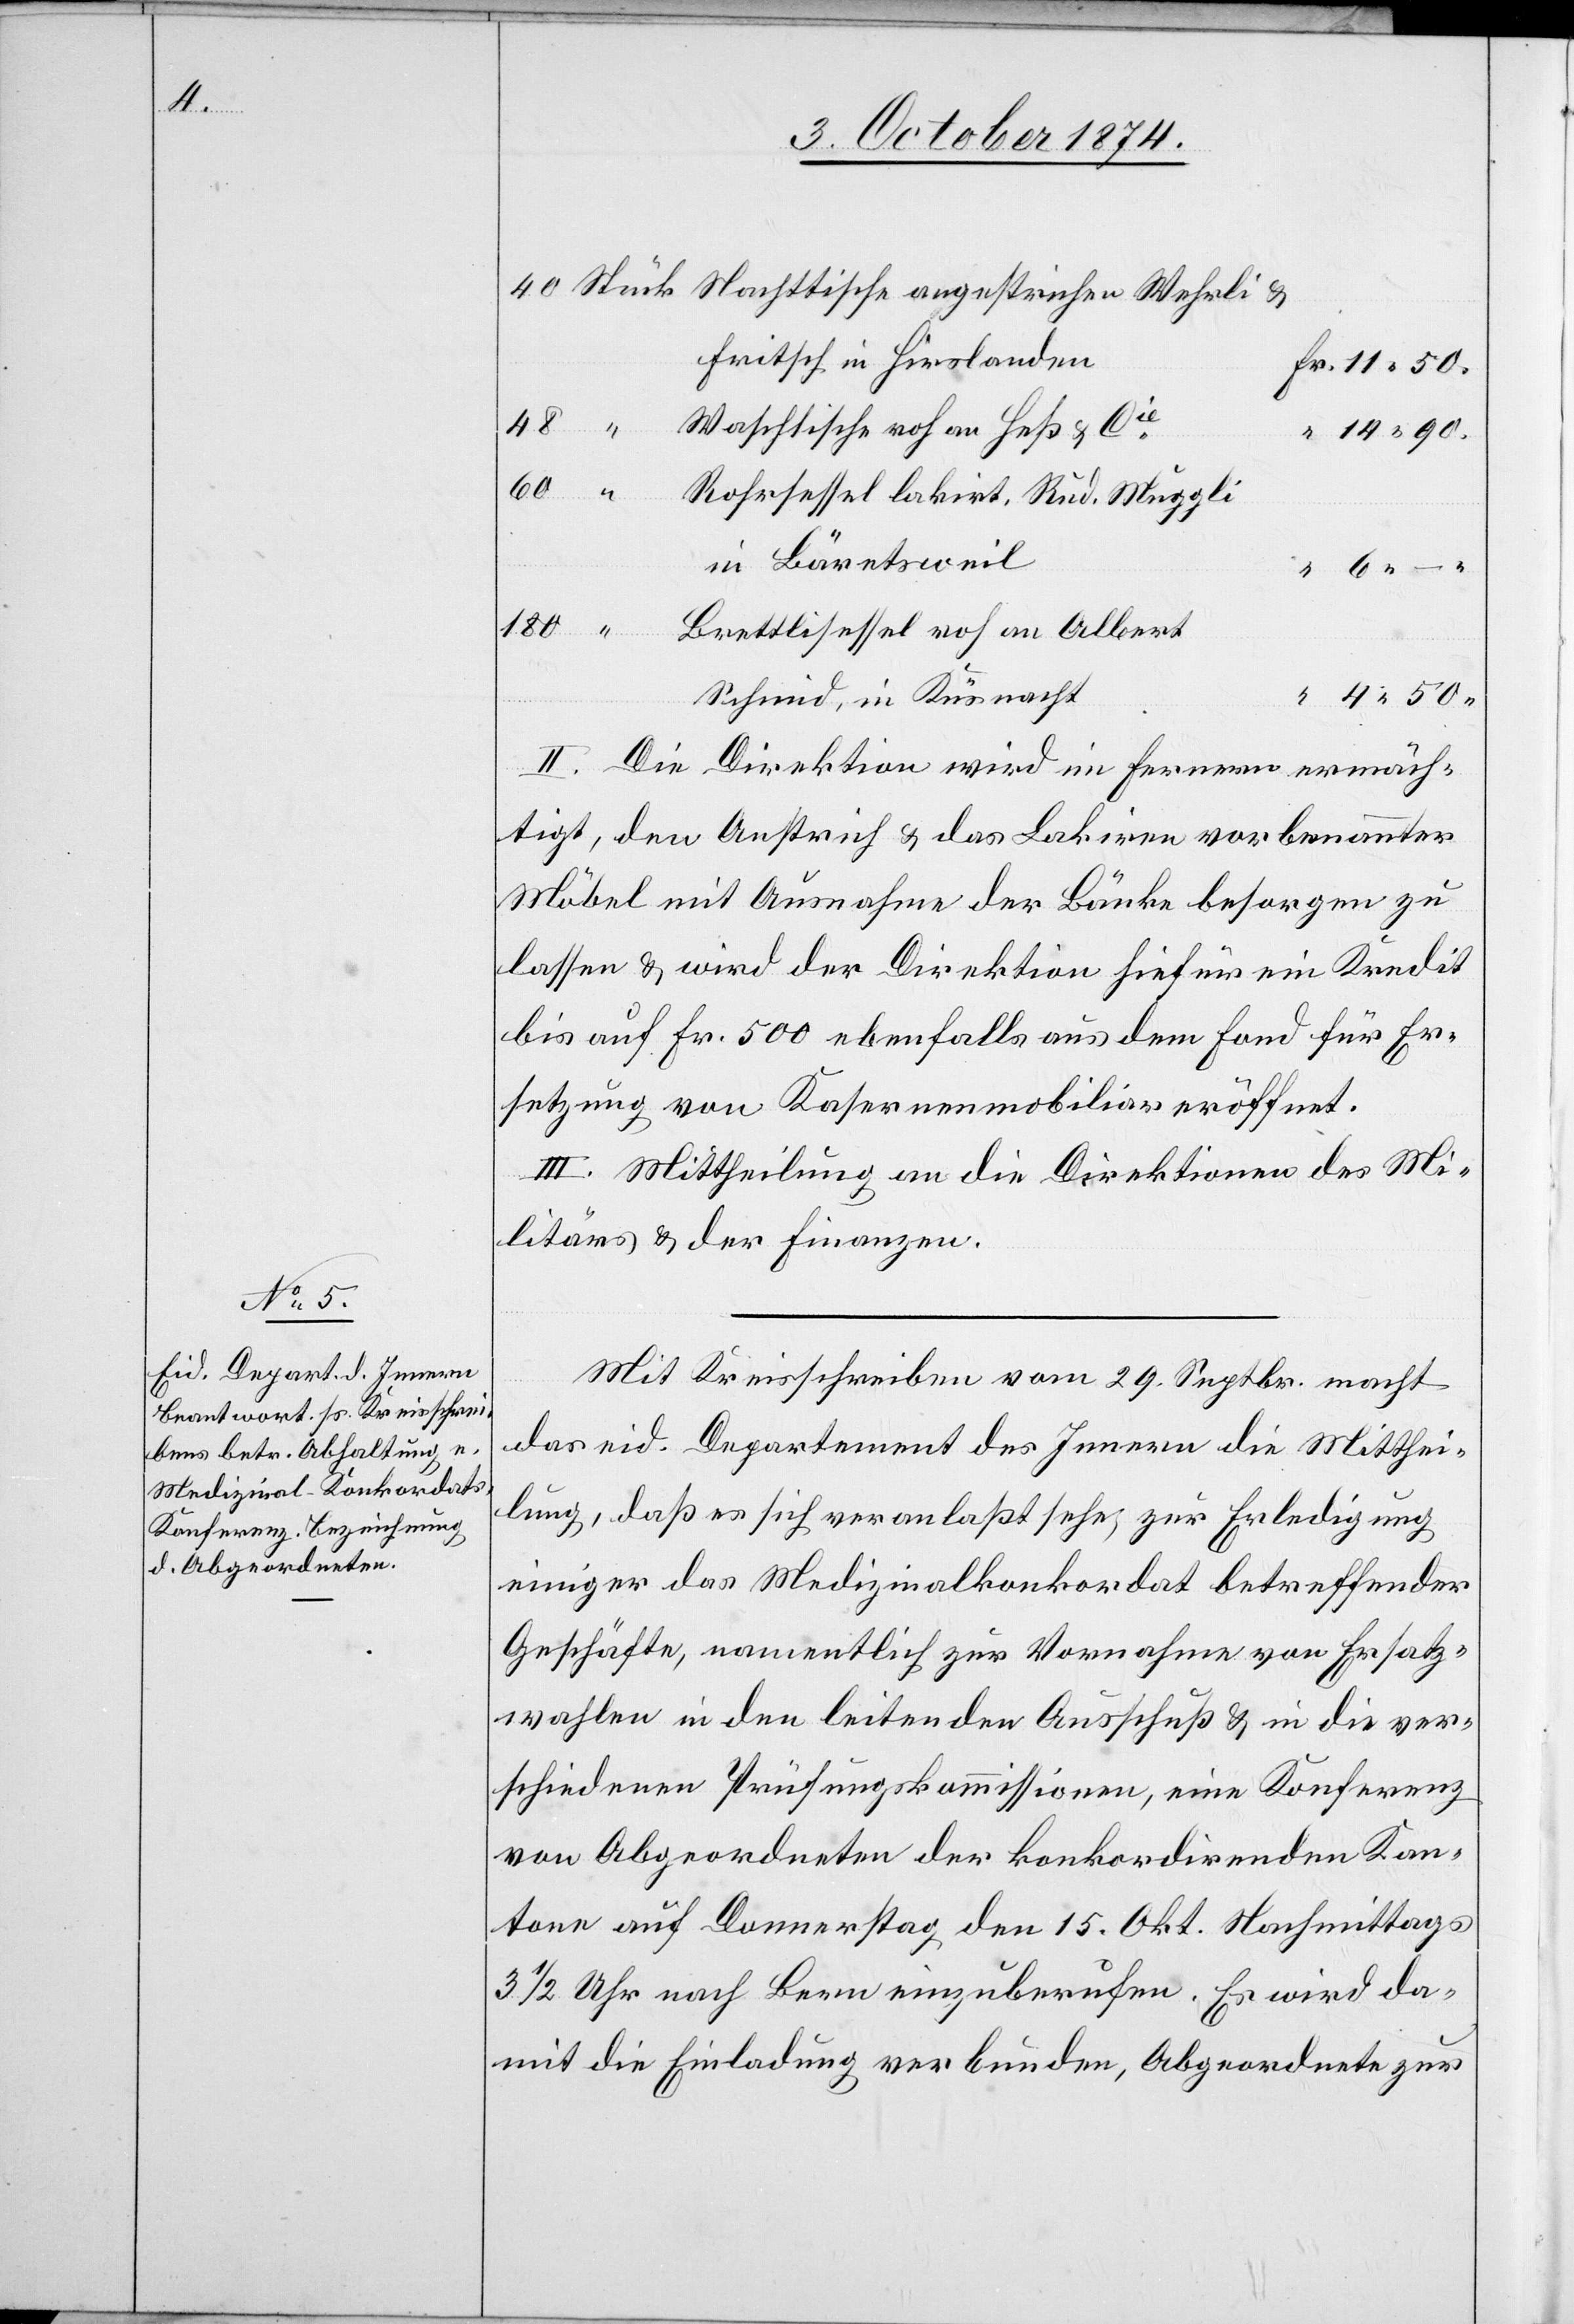
Fritsch in Hirslanden
in Bäretsweil
6.
& Cie
Schmid, in Küsnacht
II. Die Direktion wird im Ferneren ermäch¬
tigt, den Anstrich & das Lakiren vorbenannter
Möbel mit Ausnahme der Bänke besorgen zu
lassen & wird der Direktion hiefür ein Kredit
bis auf Fr. 500 ebenfalls aus dem Fond für Er¬
setzung von Kasernenmobiliar eröffnet.
III. Mittheilung an die Direktionen des Mi¬
litärs & der Finanzen.
Mit Kreisschreiben vom 29. Septbr. macht
das eid. Departement des Innern die Mitthei¬
lung, daß es sich veranlaßt sehe, zur Erledigung
einiger das Medizinalkonkordat betreffender
Geschäfte, namentlich zur Vornahme von Ersatz¬
wahlen in den leitenden Ausschuß & in die ver¬
schiedenen Prüfungskommissionen, eine Konferenz
von Abgeordneten der konkordirenden Kan¬
tone auf Donnerstag den 15. Okt. Nachmittags
3 1/2 Uhr nach Bern einzuberufen. Es wird da¬
mit die Einladung verbunden, Abgeordnete zur